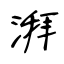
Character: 湃